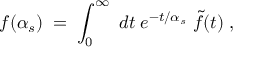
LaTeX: f ( \alpha _ { s } ) \; = \; \int _ { 0 } ^ { \infty } \; d t \; e ^ { - t / \alpha _ { s } } \; \widetilde { f } ( t ) \; ,